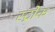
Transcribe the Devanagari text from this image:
स्‍ट्रोक